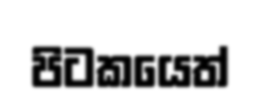
පිටකයෙත්